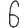
Digit: 6